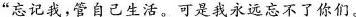
”忘记我，管自己生活，可是我永远忘不了你们。